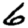
Digit: 6